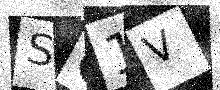
Text: SC1V